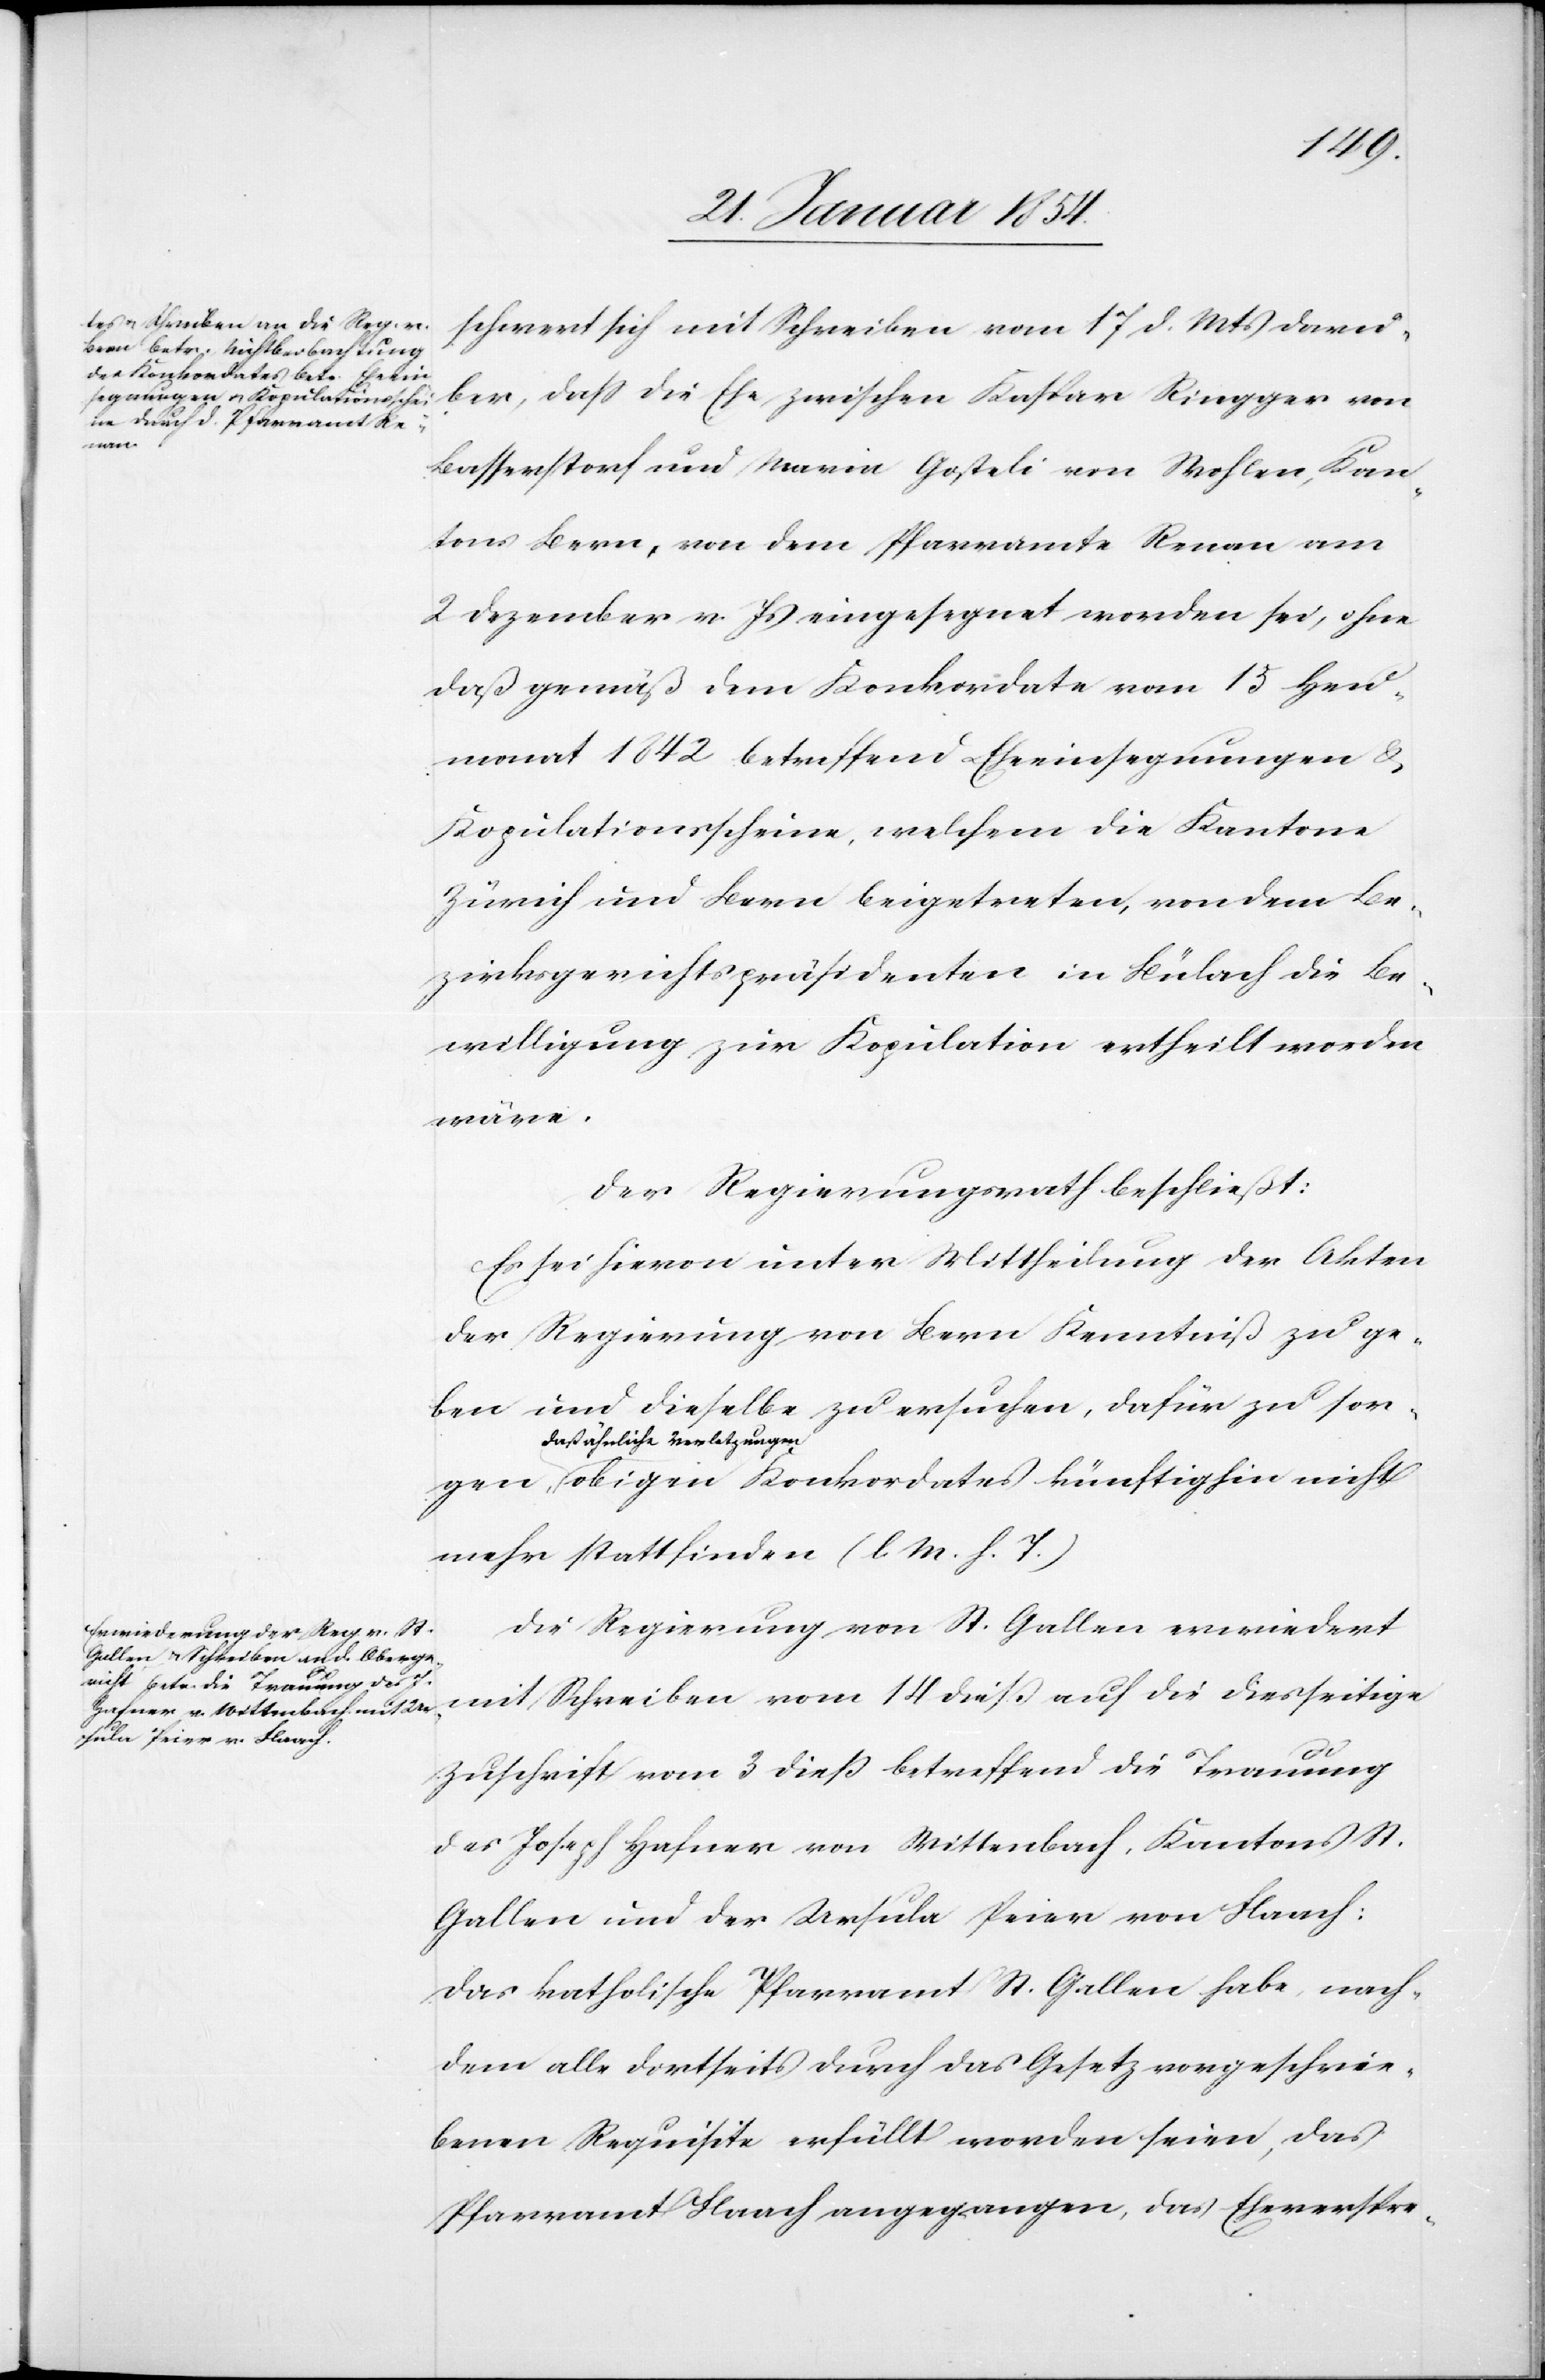
gen,

schwert sich mit Schreiben vom 17 d. Mts darü¬
ber, daß die Ehe zwischen Kaspar Ringger von
Basserstorf und Maria Gosteli von Wohlen, Kan¬
tons Bern, von dem Pfarramte Renan am
2 Dezember v. Js eingesegnet worden sei, ohne
daß gemäß dem Konkordate vom 15 Heu¬
monat 1842 betreffend Eheeinsegnungen &
Kopulationsscheine, welchem die Kantone
Zürich und Bern beigetreten, von dem Be¬
zirksgerichtspräsidenten in Bülach die Be¬
willigung zur Kopulation ertheilt worden
wäre.
Der Regierungsrath beschließt:
Es sei hievon unter Mittheilung der Akten
der Regierung von Bern Kenntniß zu ge¬
ben und dieselbe zu ersuchen, dafür zu sor¬
a-daß ähnliche Verletzung¬
en-a obigen Konkordates künftighin nicht
mehr stattfinden (l. M. h. T.)
Die Regierung von St. Gallen erwiedert
mit Schreiben vom 14 dieß auf die diesseitige
Zuschrift vom 3 dieß betreffend die Trauung
des Joseph Hafner von Wittenbach, Kantons St.
Gallen und der Ursula Peier von Flaach:
Das katholische Pfarramt St. Gallen habe nach¬
dem alle dortseits durch das Gesetz vorgeschrie¬
benen Requisite erfüllt worden seien, das
Pfarramt Flaach angegangen, das Eheverspre-